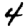
Digit: 4